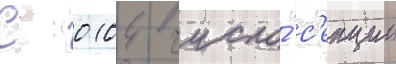
С 0104 число́ с'екции